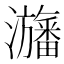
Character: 𤄫